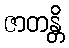
ဇာတန္တိ